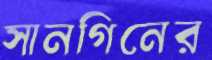
সানগিনের